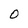
Character: O